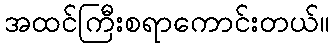
အထင်ကြီးစရာကောင်းတယ်။